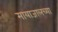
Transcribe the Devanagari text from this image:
मायाजालच्या